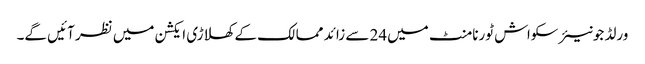
ورلڈ جونیئر سکواش ٹورنامنٹ میں24 سے زائد ممالک کے کھلاڑی ایکشن میں نظر آئیں گے۔